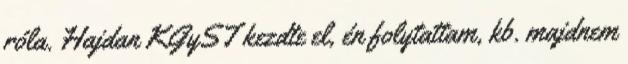
róla. Hajdan KGyST kezdte el, én folytattam, kb. majdnem